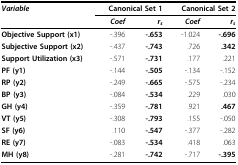
<table><thead><tr><td><b><i>Variable</i></b></td><td colspan="2"><b>Canonical Set 1</b></td><td colspan="2"><b>Canonical Set 2</b></td></tr><tr><td></td><td><b><i>Coef</i></b></td><td><b><i>r<sub>s</sub></i></b></td><td><b><i> Coef</i></b></td><td><b><i> r<sub>s</sub></i></b></td></tr></thead><tbody><tr><td><b>Objective Support (x1)</b></td><td>-.396</td><td><b>-.653</b></td><td>-1.024</td><td><b>-.696</b></td></tr><tr><td><b>Subjective Support (x2)</b></td><td>-.437</td><td><b>-.743</b></td><td>.726</td><td><b>.342</b></td></tr><tr><td><b>Support Utilization (x3)</b></td><td>-.571</td><td><b>-.731</b></td><td>.177</td><td>.221</td></tr><tr><td><b>PF (y1)</b></td><td>-.144</td><td><b>-.505</b></td><td>-.134</td><td>-.152</td></tr><tr><td><b>RP (y2)</b></td><td>-.249</td><td><b>-.665</b></td><td>-.575</td><td>-.234</td></tr><tr><td><b>BP (y3)</b></td><td>-.084</td><td><b>-.534</b></td><td>.229</td><td>.030</td></tr><tr><td><b>GH (y4)</b></td><td>-.359</td><td><b>-.781</b></td><td>.921</td><td><b>.467</b></td></tr><tr><td><b>VT (y5)</b></td><td>-.308</td><td><b>-.793</b></td><td>.155</td><td>-.050</td></tr><tr><td><b>SF (y6)</b></td><td>.110</td><td><b>-.547</b></td><td>-.377</td><td>-.282</td></tr><tr><td><b>RE (y7)</b></td><td>-.083</td><td><b>-.534</b></td><td>.418</td><td>.063</td></tr><tr><td><b>MH (y8)</b></td><td>-.281</td><td><b>-.742</b></td><td>-.717</td><td><b>-.395</b></td></tr></tbody></table>